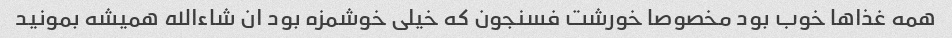
همه غذاها خوب بود مخصوصا خورشت فسنجون که خیلی خوشمزه بود ان شاءالله همیشه بمونید